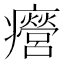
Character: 㿘